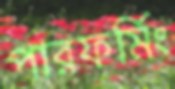
পারফর্মিং